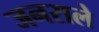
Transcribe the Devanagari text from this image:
जनराले